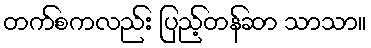
တက်စကလည်း ပြည့်တန်ဆာ သာသာ။